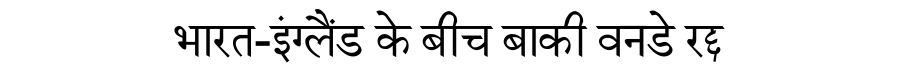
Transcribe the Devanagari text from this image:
भारत-इंग्लैंड के बीच बाकी वनडे रद्द